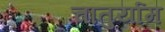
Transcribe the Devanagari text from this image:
चातुर्याम